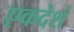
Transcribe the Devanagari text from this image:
एकदेशं